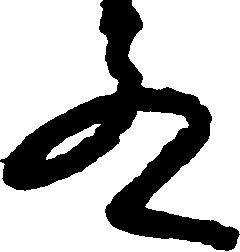
殿